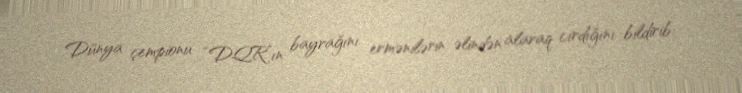
Dünya çempionu “DQR”ın bayrağını ermənilərin əlindən alaraq cırdığını bildirib: